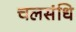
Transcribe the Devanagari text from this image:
चलसंधि